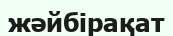
жәйбірақат